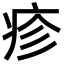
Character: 疹